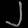
Digit: ၂